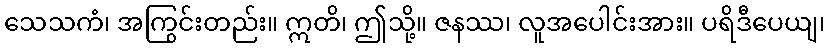
သေသကံ၊ အကြွင်းတည်း။ ဣတိ၊ ဤသို့။ ဇနဿ၊ လူအပေါင်းအား။ ပရိဒီပေယျ၊